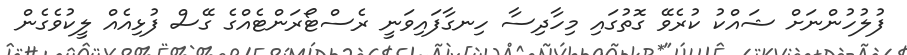
ފުލުހުންނަށް ޝައްކު ކުރެވޭ ގޮތުގައި މިހާދިސާ ހިނގާފައިވަނީ ރެސްޓޯރަންޓެއްގެ ގޭސް ފުޅިއެއް ލީކުވެގެން